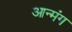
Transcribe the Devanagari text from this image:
आन्मंग